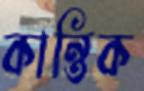
কান্তিক